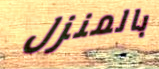
بالمنزل